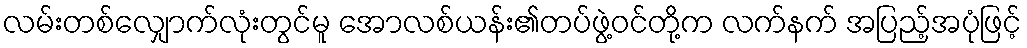
လမ်းတစ်လျှောက်လုံးတွင်မူ အောလစ်ယန်း၏တပ်ဖွဲ့ဝင်တို့က လက်နက် အပြည့်အပုံဖြင့်